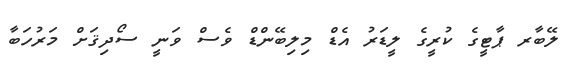
ލޭބާރ ޕާޓީގެ ކުރީގެ ލީޑަރު އެޑް މިލިބޭންޑް ވެސް ވަނީ ސޯދިޤަށް މަރުހަބާ